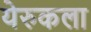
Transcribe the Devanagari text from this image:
येरुकला